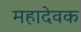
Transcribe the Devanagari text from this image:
महादेवक